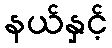
နယ်နှင့်